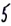
Text: 5